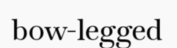
bow-legged